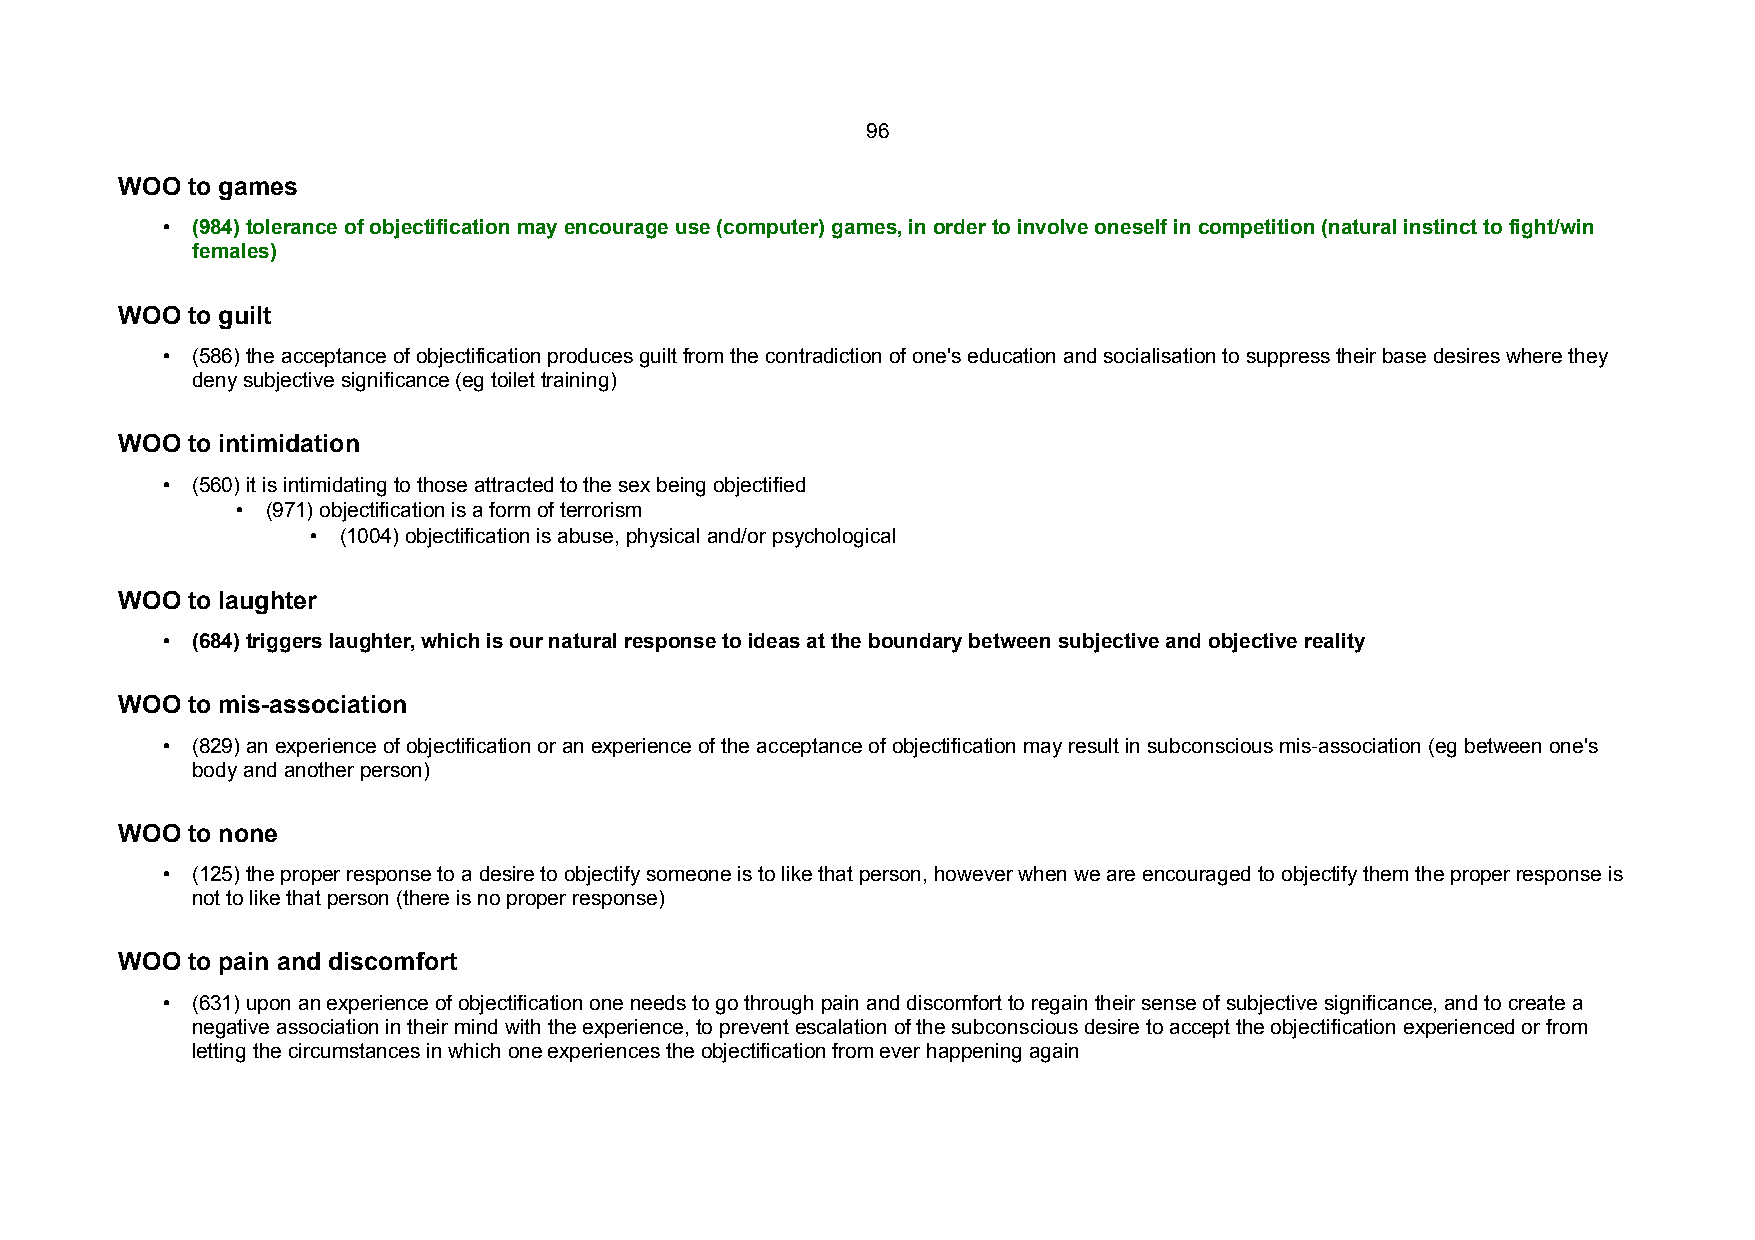
96
 WOO to games
 • (984) tolerance of objectification may encourage use (computer) games, in order to involve oneself in competition (natural instinct to fight/win
 females)
 WOO to guilt
 • (586) the acceptance of objectification produces guilt from the contradiction of one's education and socialisation to suppress their base desires where they
 deny subjective significance (eg toilet training)
 WOO to intimidation
 • (560) it is intimidating to those attracted to the sex being objectified
 • (971) objectification is a form of terrorism
 • (1004) objectification is abuse, physical and/or psychological
 WOO to laughter
 • (684) triggers laughter, which is our natural response to ideas at the boundary between subjective and objective reality
 WOO to mis-association
 • (829) an experience of objectification or an experience of the acceptance of objectification may result in subconscious mis-association (eg between one's
 body and another person)
 WOO to none
 • (125) the proper response to a desire to objectify someone is to like that person, however when we are encouraged to objectify them the proper response is
 not to like that person (there is no proper response)
 WOO to pain and discomfort
 • (631) upon an experience of objectification one needs to go through pain and discomfort to regain their sense of subjective significance, and to create a
 negative association in their mind with the experience, to prevent escalation of the subconscious desire to accept the objectification experienced or from
 letting the circumstances in which one experiences the objectification from ever happening again